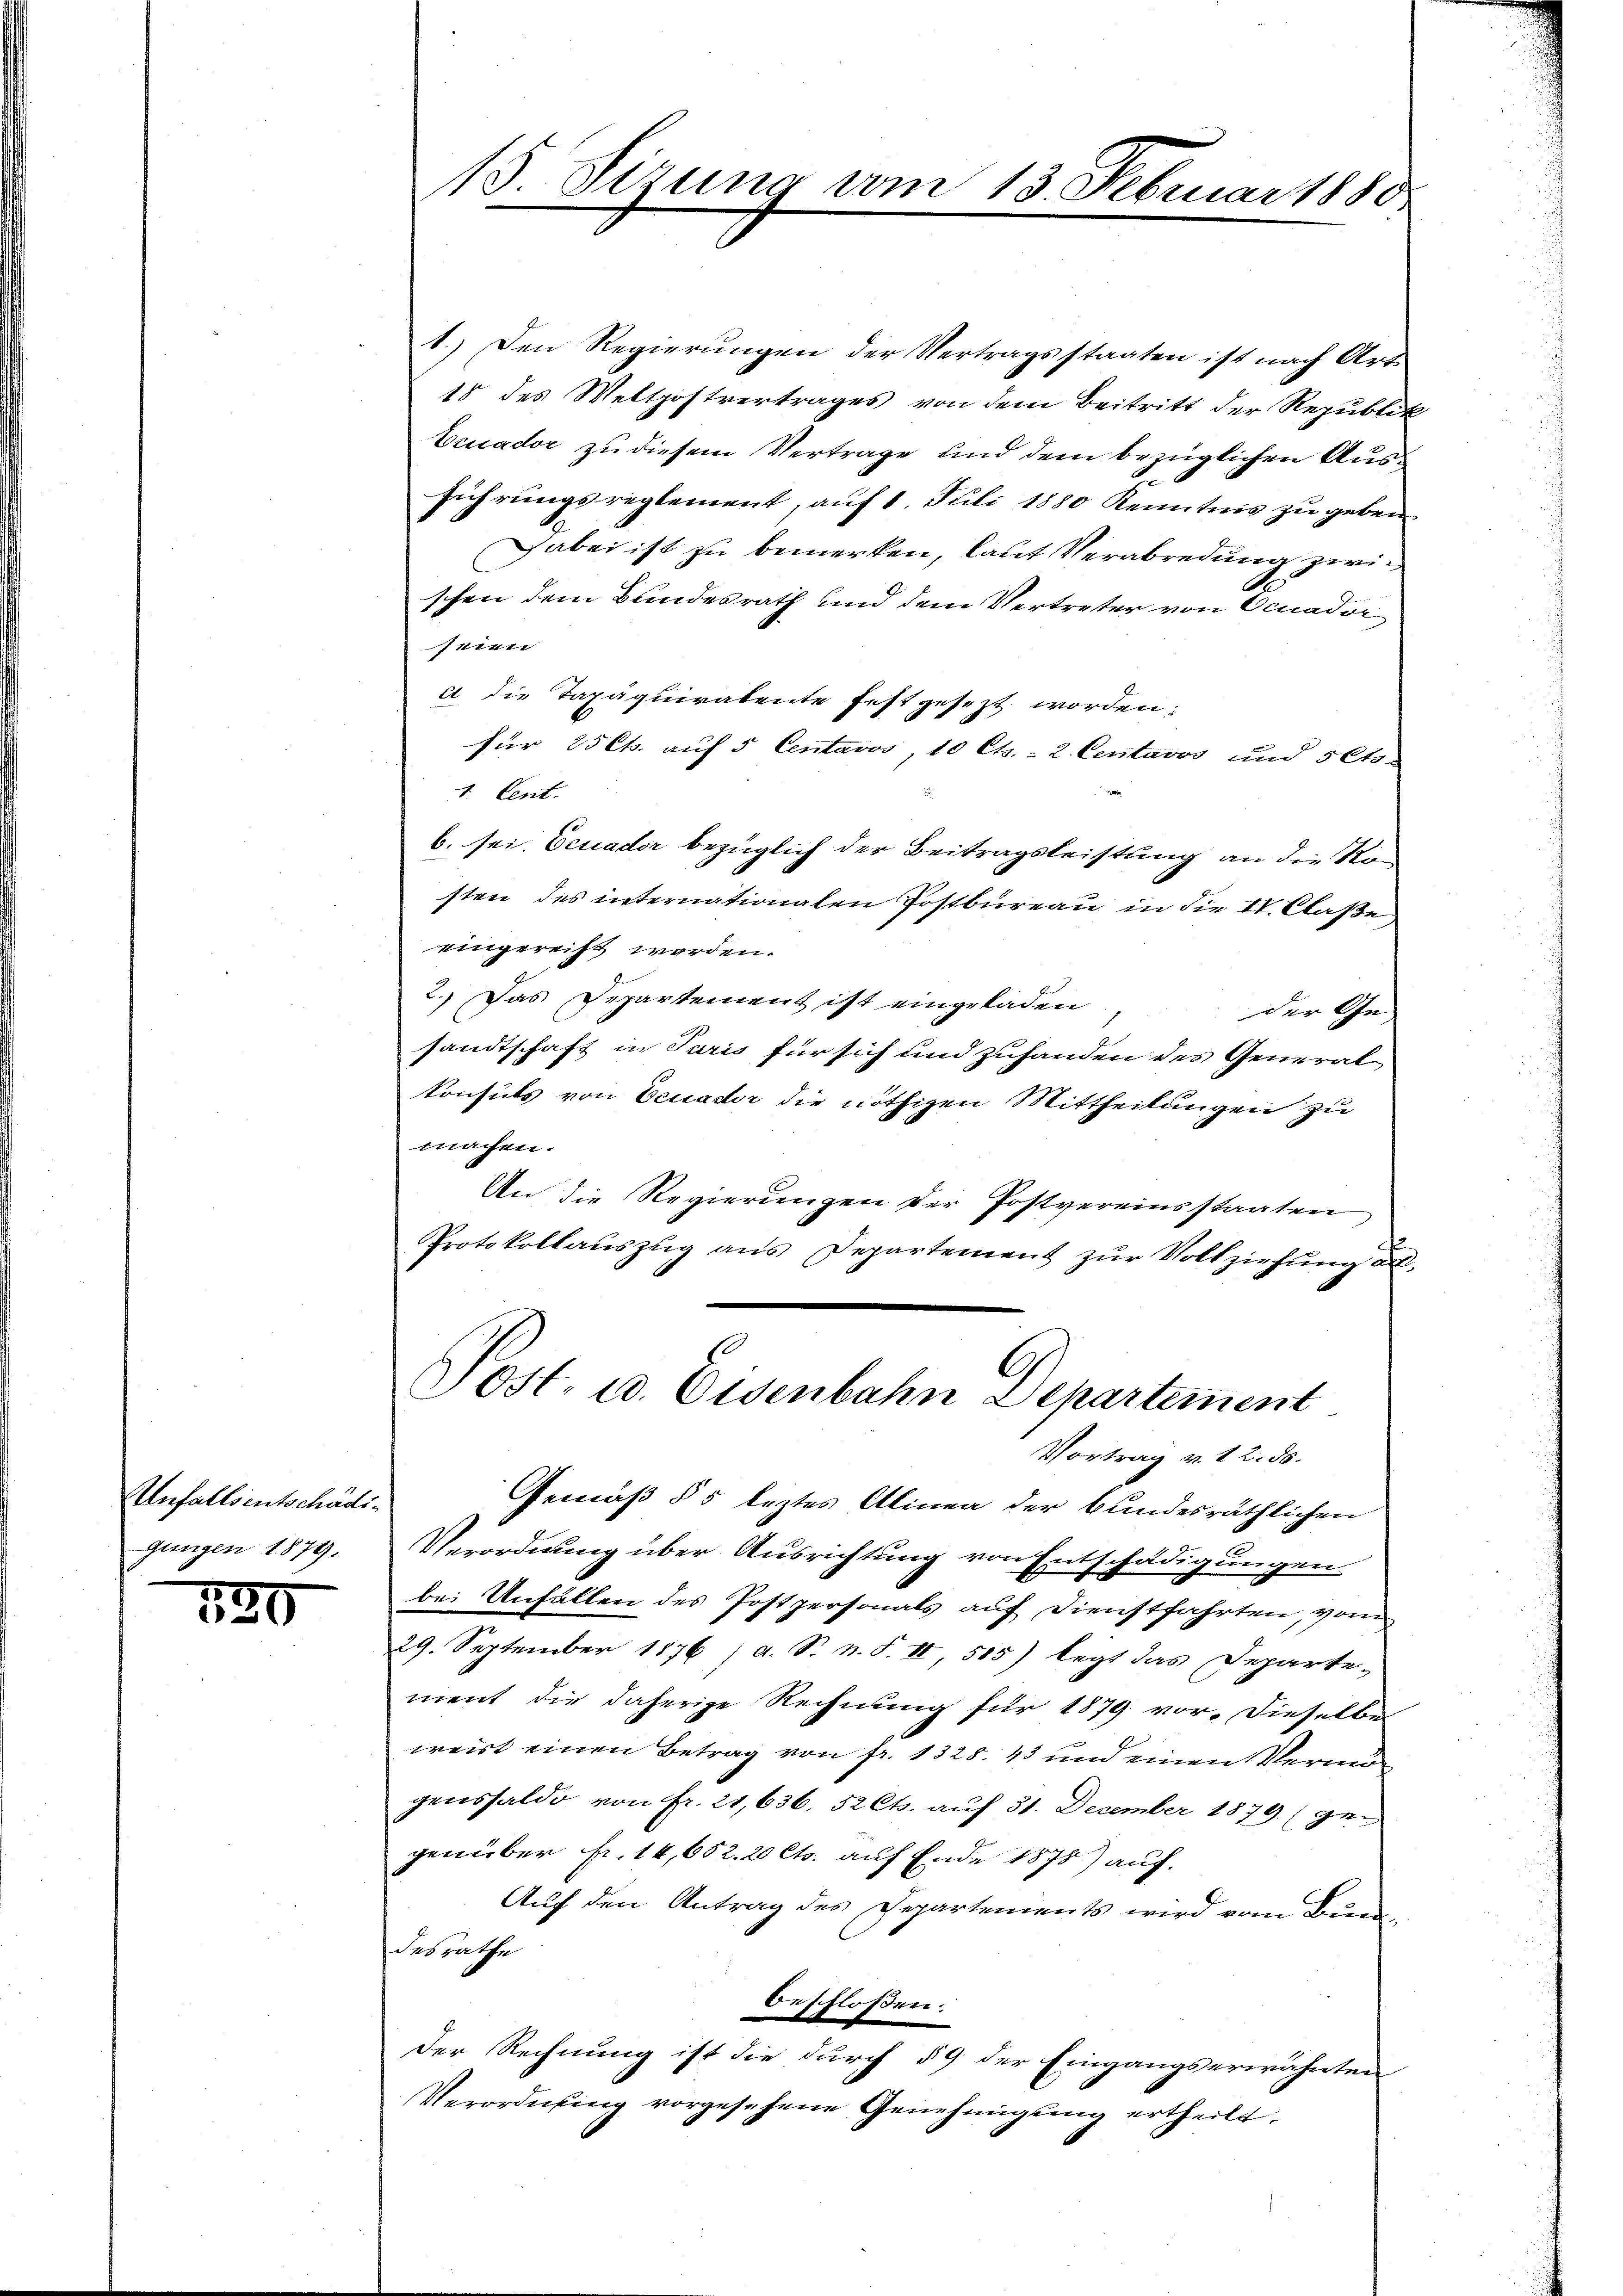
Unfallsentschädigungen 1879.

520

15 Sirung vom 13. Februar 1880

1.) Den Regierŭngen der Vertragsstaaten ist nach Art.
15 des Weltpostvertrages von dem Beitritt der Republik
Eeuador zu diesem Vertrage und dem bezüglichen Ausführungsreglement, auf 1. Juli 1880 Kenntnis zu geben.
Dabei ist zu bemerken, laut Verabredung zwischen dem Bundesrath und dem Vertreter von Ocnador
seien
a die Tapaquiratente festgesezt worden:
für 25 Cts. auf 5 Centavos, 10 Cts. - 2. Centavos und sets-
1. Cent.
b. sei. Ecuader bezüglich der Beitragsleistung an die Kan
sten des internationalen Postbureau in die II. Claße
eingereift werden.
2.) Das Departement ist eingeladen
der Gesandtschaft in Paris für sich und zuhanden des General
konsuls von Eeuader die nöthigen Mittheilungen zu
machen.
An die Regierungen der Postvereinsstaaten
Protokollauszug aus Departement zur Vollziehung all
C
Post. u. Eisenbahn Departement

Vortrag v. 12. ds.

Gemäß § 5 leztes Alinea der bundesräthlichen
Verordnung über Ausrichtung von Entschädigungen
bei Unfallen des Postpersonals auf Dienstfahrten, vom
29. September 1876 / a. S. n. F. II 515) legt das Departe-
ment die daherige Rechnung für 1879 vor. Dieselbe
weist einen Betrag von fr. 1328. 43 und einen Vermögenssaldo von Fr. 21,636. 52 Cts. auf 31. December 1879 (gegenüber fr. 14,652. 20 Cts. auf Ende 1878) auf.
Auf den Antrag des Departements wird vom Bundesrathe
beschlossen.
Der Rechnung ist die durch § 9 der Eingangserwähnten
Verordnung vorgesehene Genehmigŭng ertheilt.